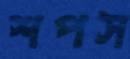
শপস